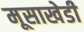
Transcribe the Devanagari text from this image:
मूसाखेडी